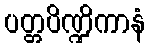
ပတ္တပိဏ္ဍိကာနံ